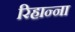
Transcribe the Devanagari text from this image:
रिहान्ना